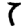
Digit: 7